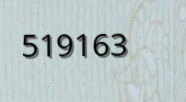
519163